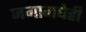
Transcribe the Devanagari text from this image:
जगामधेही